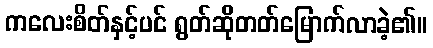
ကလေးစိတ်နှင့်ပင် ရွတ်ဆိုတတ်မြောက်လာခဲ့၏။